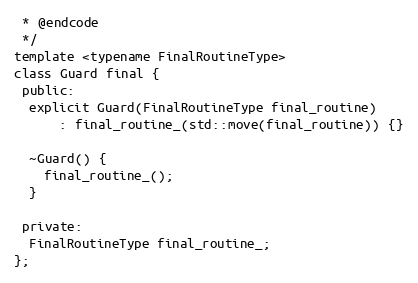
Language: C
 * @endcode
 */
template <typename FinalRoutineType>
class Guard final {
 public:
  explicit Guard(FinalRoutineType final_routine)
      : final_routine_(std::move(final_routine)) {}

  ~Guard() {
    final_routine_();
  }

 private:
  FinalRoutineType final_routine_;
};